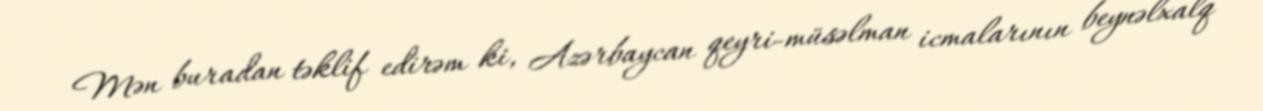
Mən buradan təklif edirəm ki, Azərbaycan qeyri-müsəlman icmalarının beynəlxalq